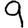
Digit: 9